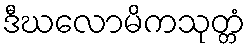
ဒီဃလောမိကသုတ္တံ